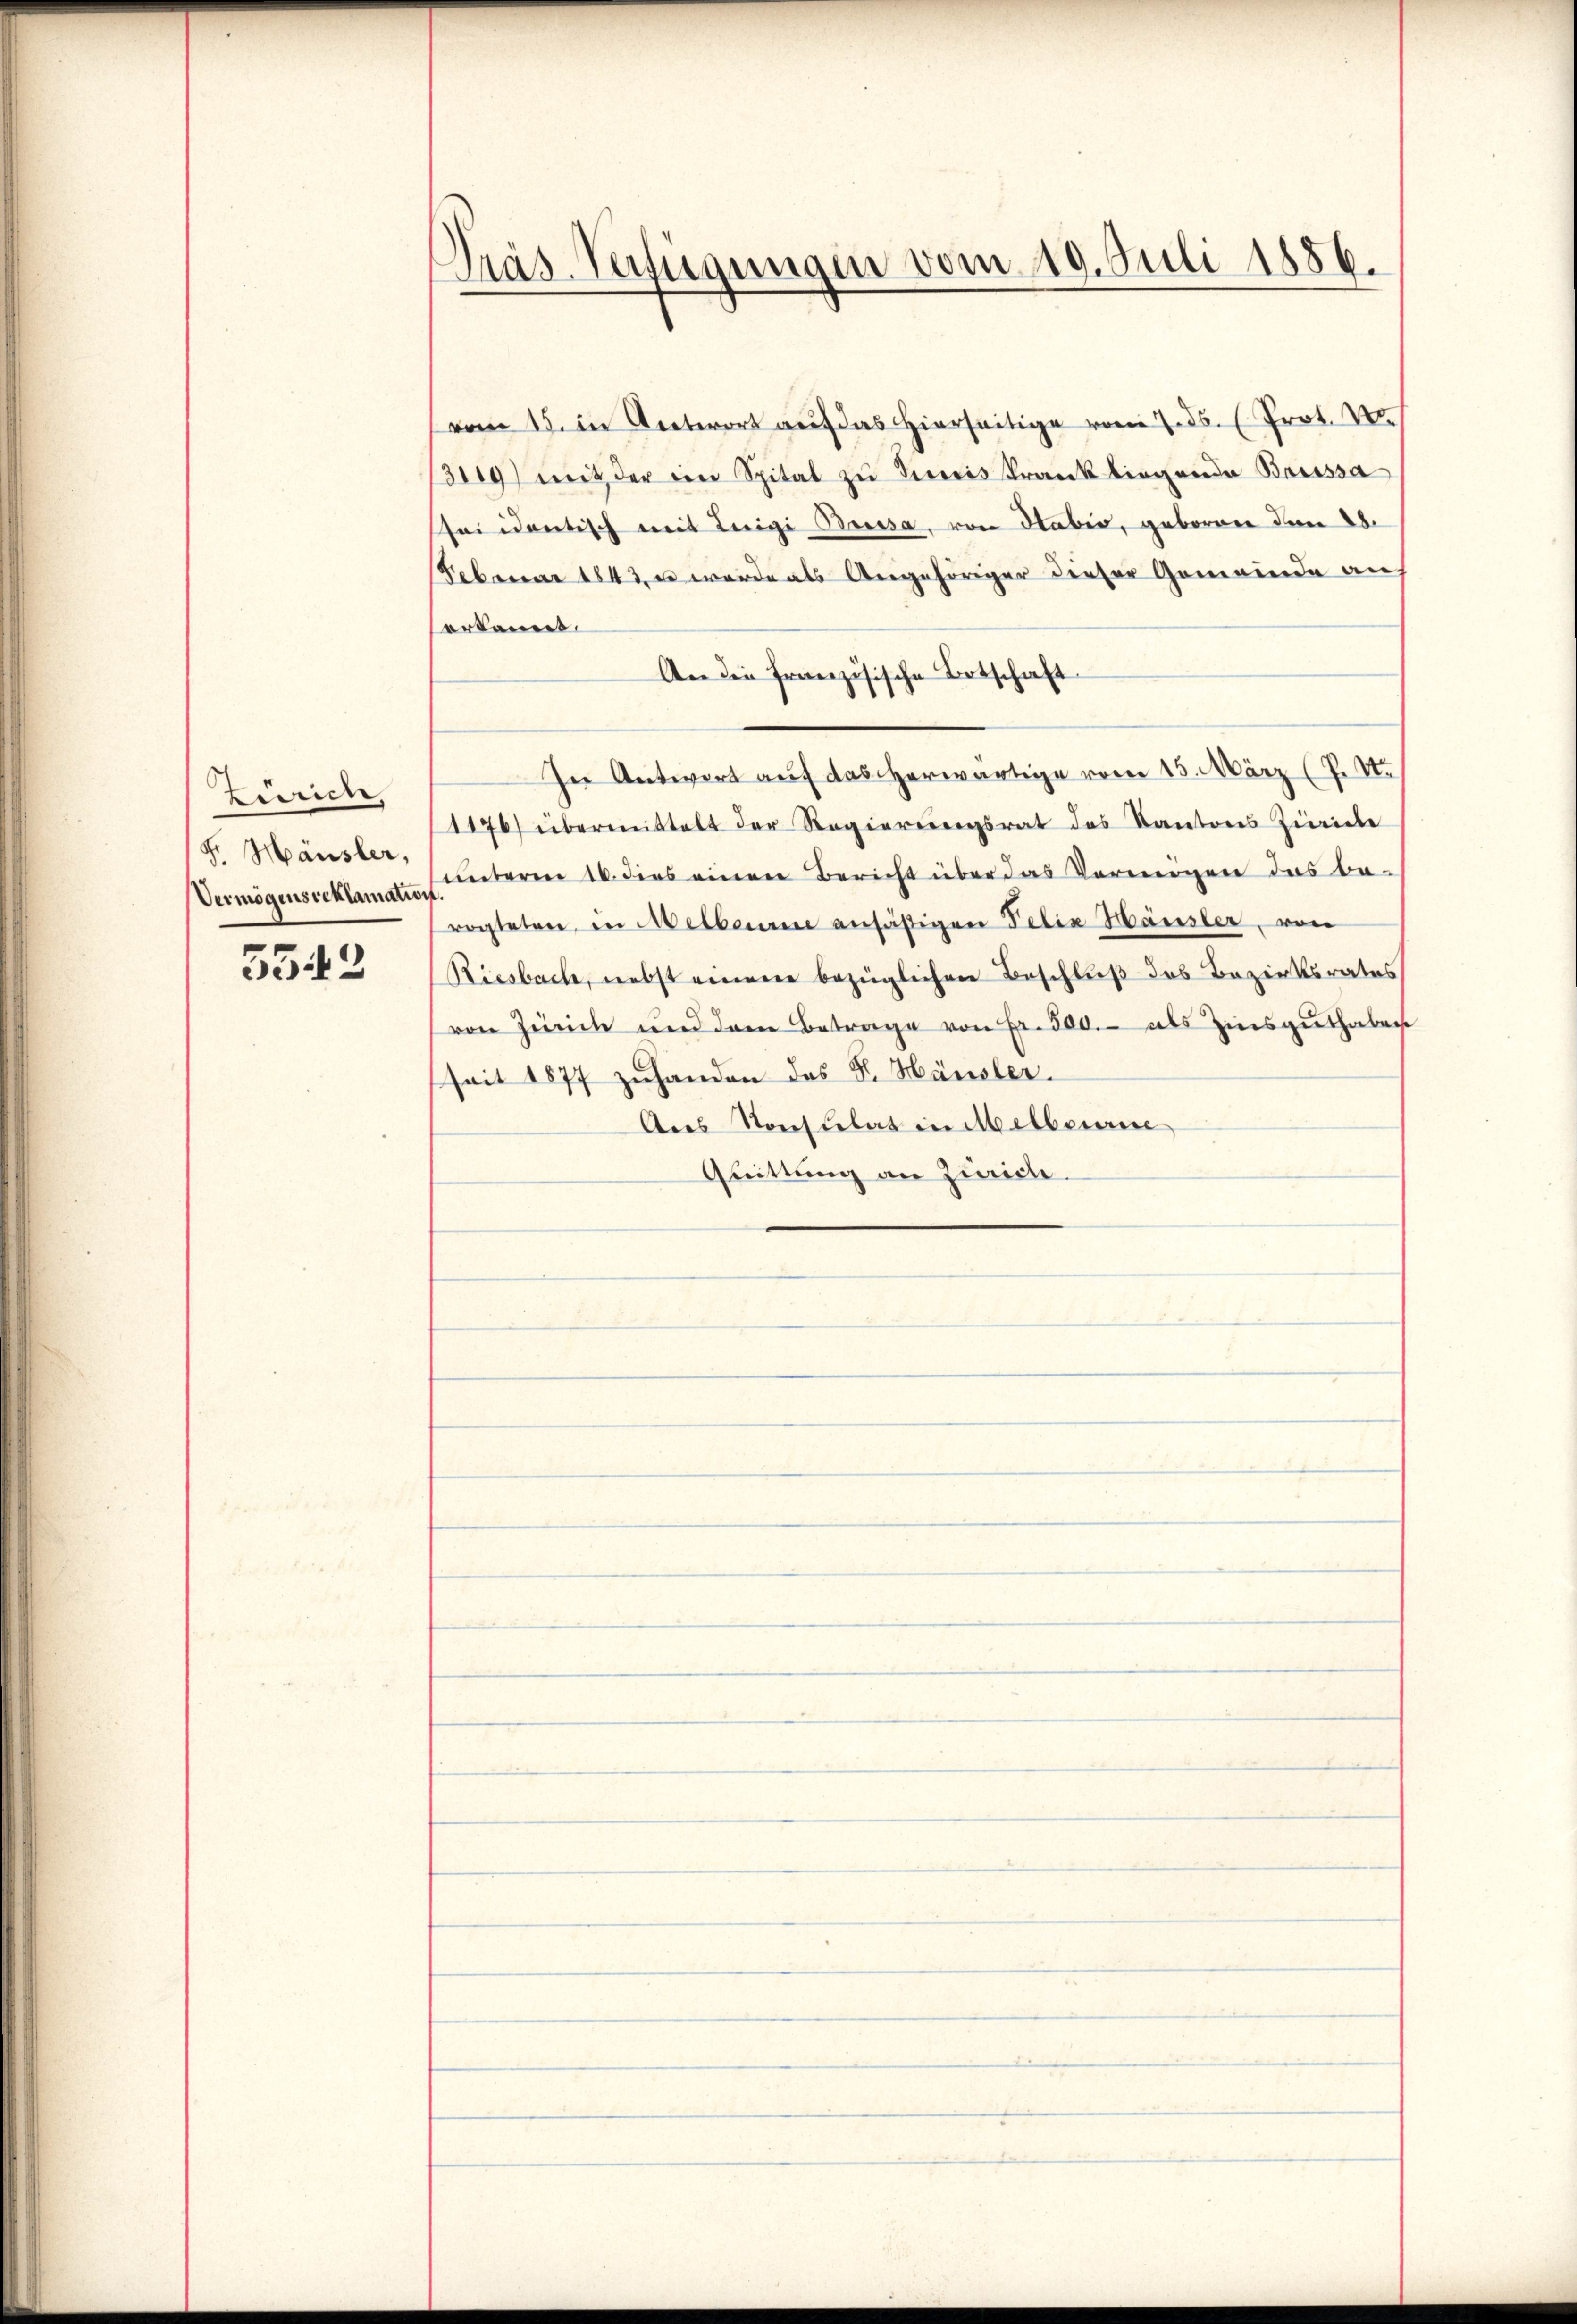
Zürich,
F. Häusler,
Vermögensreklamation

5542

Präs-Verfügungen vom 10. Juli 1886.

vom 15. in Antwort auf das hierseitige vom 7. ds. (Prot. V
3119) mit der ein Spital zŭ Preis krank liegende Buissa
sei identisch mit Luigi Bressa, von Staber, geboren den 28.
Sebruar 1843, u werde als Angehöriger dieser Gemeinde an
erkannt.
An die französische Ortschaft
In Antwort auf das herwärtige vom 15. März (P. Nr.
1176) übermittelt der Regierŭngsrat des Kantons Zivile
unterm 16. dies einen Bericht über das Vermögen das be-
vogteten, in Melbaume ansäßigen Felix Häusler, von
Riesbach, nebst einen bezüglichen Beschluß des Bezirksrates
von Zürich und dem Betrage von Fr. 500.- als Zinsguthaben
seit 1877 zuhanden des Sr. Häusler.
Ans Konsulat in Melbourie
Quittung an Zürich.